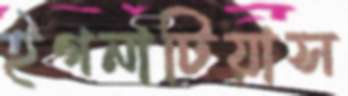
ইগনাটিয়াস